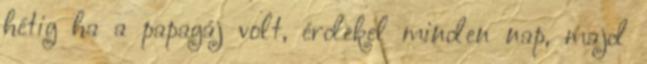
hétig ha a papagáj volt, érdekel minden nap, majd